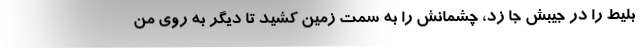
بلیط را در جیبش جا زد، چشمانش را به سمت زمین کشید تا دیگر به روی من